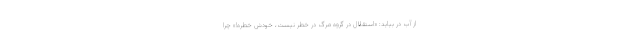
از آب در بیاید: «استقلال در گروه مرگ در خطر نیست، خودش خطره!» چرا